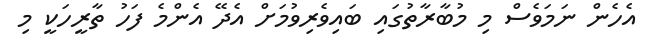
އެހެން ނަމަވެސް މި މުބާރާތުގައި ބައިވެރިވުމަށް އެދޭ އެންމެ ފަހު ތާރީހަކީ މި